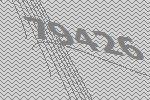
79426